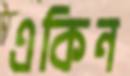
একিন